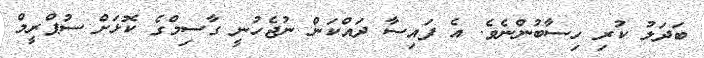
ބަދަލު ކުރި ހިސާބުންނެވެ. އެ ފައިސާ ދައްކަން ނުޖެހުނީ ގާސިމްގެ ކޮޅަށް ސުޕްރީމް